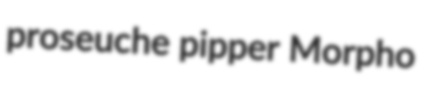
proseuche pipper Morpho